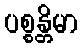
ပစ္စန္တိမာ